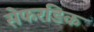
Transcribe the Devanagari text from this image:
सेफरडिक